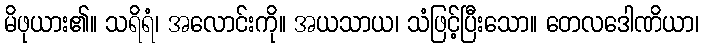
မိဖုယား၏။ သရိရံ၊ အလောင်းကို။ အယသာယ၊ သံဖြင့်ပြီးသော။ တေလဒေါဏိယာ၊